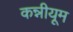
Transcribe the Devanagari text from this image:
कन्नीयूम